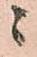
ニ